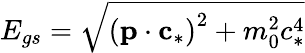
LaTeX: E_{gs}=\sqrt{\left(\textbf{p}\cdot\textbf{c}_{*}\right)^{2}+m_{0}^{2}c_{*}^{4}}